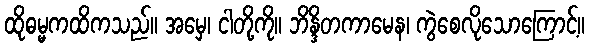
ထိုဓမ္မကထိကသည်။ အမှေ၊ ငါတို့ကို။ ဘိန္ဒိတကာမေန၊ ကွဲစေလိုသောကြောင့်။